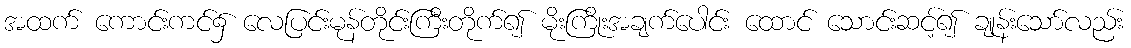
အထက် ကောင်းကင်၌ လေပြင်းမုန်တိုင်းကြီးတိုက်၍ မိုးကြိုးအချက်ပေါင်း ထောင် သောင်းဆင့်၍ ချုန်းသော်လည်း